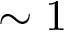
\sim 1